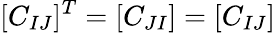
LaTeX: [C_{IJ}]^{T}=[C_{JI}]=[C_{IJ}]